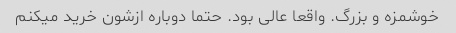
خوشمزه و بزرگ. واقعا عالی بود. حتما دوباره ازشون خرید میکنم